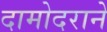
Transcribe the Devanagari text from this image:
दामोदराने